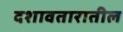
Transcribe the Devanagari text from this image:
दशावतारातील